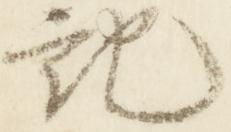
記